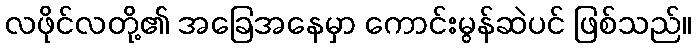
လဖိုင်လတို့၏ အခြေအနေမှာ ကောင်းမွန်ဆဲပင် ဖြစ်သည်။